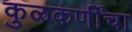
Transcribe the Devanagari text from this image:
कुळकर्णींचा